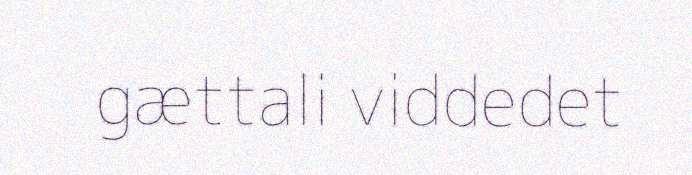
gættali viddedet